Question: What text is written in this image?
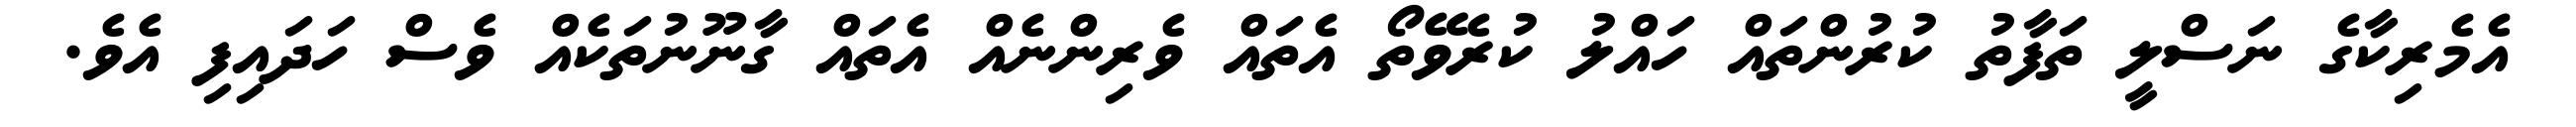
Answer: އެމެރިކާގެ ނަސްލީ ތަފާތު ކުރުންތައް ހައްލު ކުރެވޭތޯ އެތައް ވެރިންނެއް އެތައް ގާނޫނުތަކެއް ވެސް ހަދައިފި އެވެ.